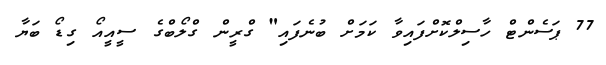
77 ޕަސެންޓް ހާސިލްކޮށްފައިވާ ކަމަށް ބުނެފައި" ގްރީން ގްލޯބްގެ ސީއީއޯ ގިޑޯ ބަޔާ